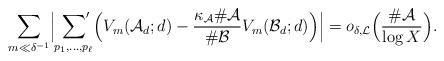
LaTeX: \begin{align*}\sum_{m\ll \delta^{-1}}\Bigl|\sideset{}{'}\sum_{p_1,\dots,p_\ell}\Bigl(V_m(\mathcal{A}{}_d;d)-\frac{\kappa_\mathcal{A}\#\mathcal{A}{}}{\#\mathcal{B}{}} V_m(\mathcal{B}_d;d)\Bigr)\Bigr|=o_{\delta,\mathcal{L}}\Bigl(\frac{\#\mathcal{A}}{\log{X}}\Bigr).\end{align*}